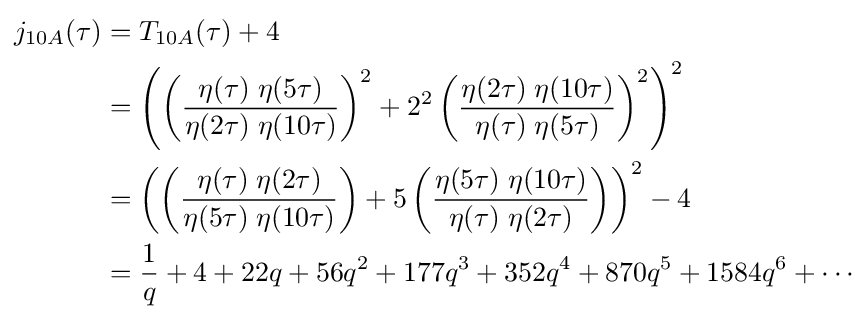
{\begin{aligned}j_{10A}(\tau )&=T_{10A}(\tau )+4\\&=\left(\left({\frac {\eta (\tau )\;\eta (5\tau )}{\eta (2\tau )\;\eta (10\tau )}}\right)^{2}+2^{2}\left({\frac {\eta (2\tau )\;\eta (10\tau )}{\eta (\tau )\;\eta (5\tau )}}\right)^{2}\right)^{2}\\&=\left(\left({\frac {\eta (\tau )\;\eta (2\tau )}{\eta (5\tau )\;\eta (10\tau )}}\right)+5\left({\frac {\eta (5\tau )\;\eta (10\tau )}{\eta (\tau )\;\eta (2\tau )}}\right)\right)^{2}-4\\&={\frac {1}{q}}+4+22q+56q^{2}+177q^{3}+352q^{4}+870q^{5}+1584q^{6}+\cdots \end{aligned}}